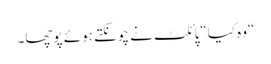
“وہ کیا“پائلٹ نے چونکتے ہوئے پوچھا۔